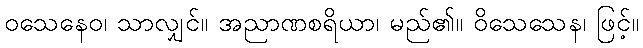
ဝသေနေဝ၊ သာလျှင်။ အညာဏစရိယာ၊ မည်၏။ ဝိသေသေန၊ ဖြင့်။